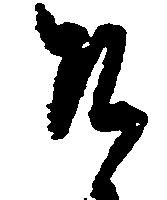
そ